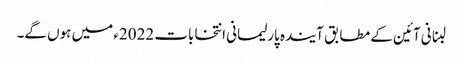
لبنانی آئین کے مطابق آیندہ پارلیمانی انتخابات 2022ء میں ہوں گے۔